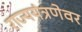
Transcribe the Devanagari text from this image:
राज्ययंत्रणेवर